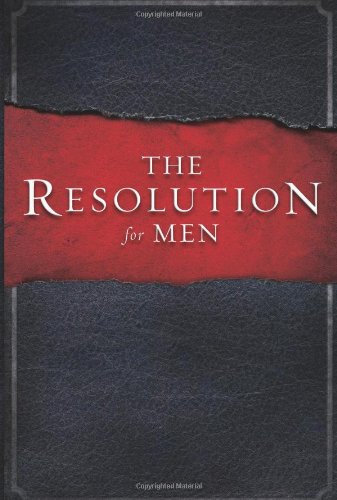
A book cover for The Resolution for Men; Stephen Kendrick; Christian Books & Bibles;